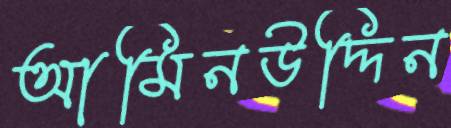
আমিনউদ্দিন